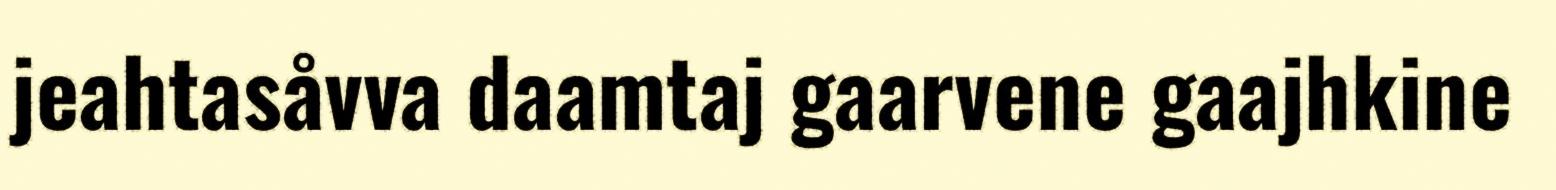
jeahtasåvva daamtaj gaarvene gaajhkine